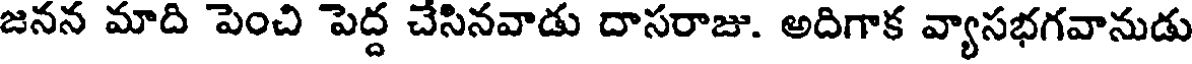
జనన మాది పెంచి పెద్ద చేసినవాడు దాసరాజు. అదిగాక వ్యాసభగవానుడు